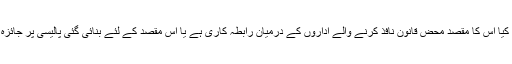
آج دن تک یہ ادارہ فیصلہ نہیں کرپایا کہ کیا اس کا مقصد محض قانون نافذ کرنے والے اداروں کے درمیان رابطہ کاری ہے یا اس مقصد کے لئے بنائی گئی پالیسی پر جائزہ لے کر حکومت کی معاونت کرنی ہے ۔